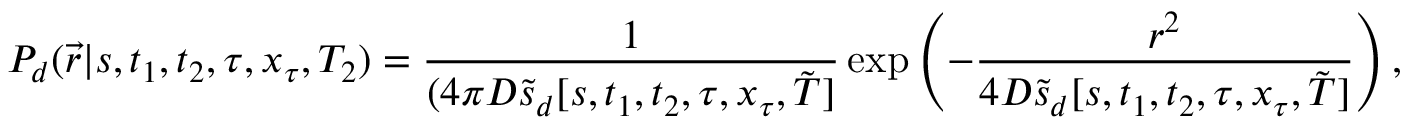
P _ { d } ( \vec { r } | s , t _ { 1 } , t _ { 2 } , \tau , x _ { \tau } , T _ { 2 } ) = \frac { 1 } { ( 4 \pi D \tilde { s } _ { d } [ s , t _ { 1 } , t _ { 2 } , \tau , x _ { \tau } , \tilde { T } ] } \exp \left( - \frac { r ^ { 2 } } { 4 D \tilde { s } _ { d } [ s , t _ { 1 } , t _ { 2 } , \tau , x _ { \tau } , \tilde { T } ] } \right) ,